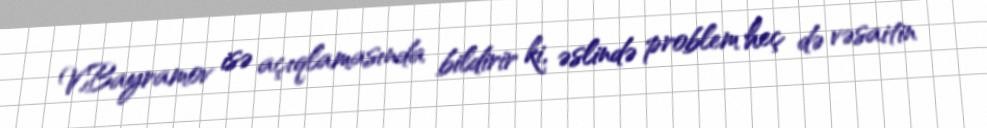
V.Bayramov isə açıqlamasında bildirir ki, əslində problem heç də vəsaitin